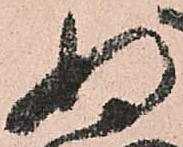
ぬ